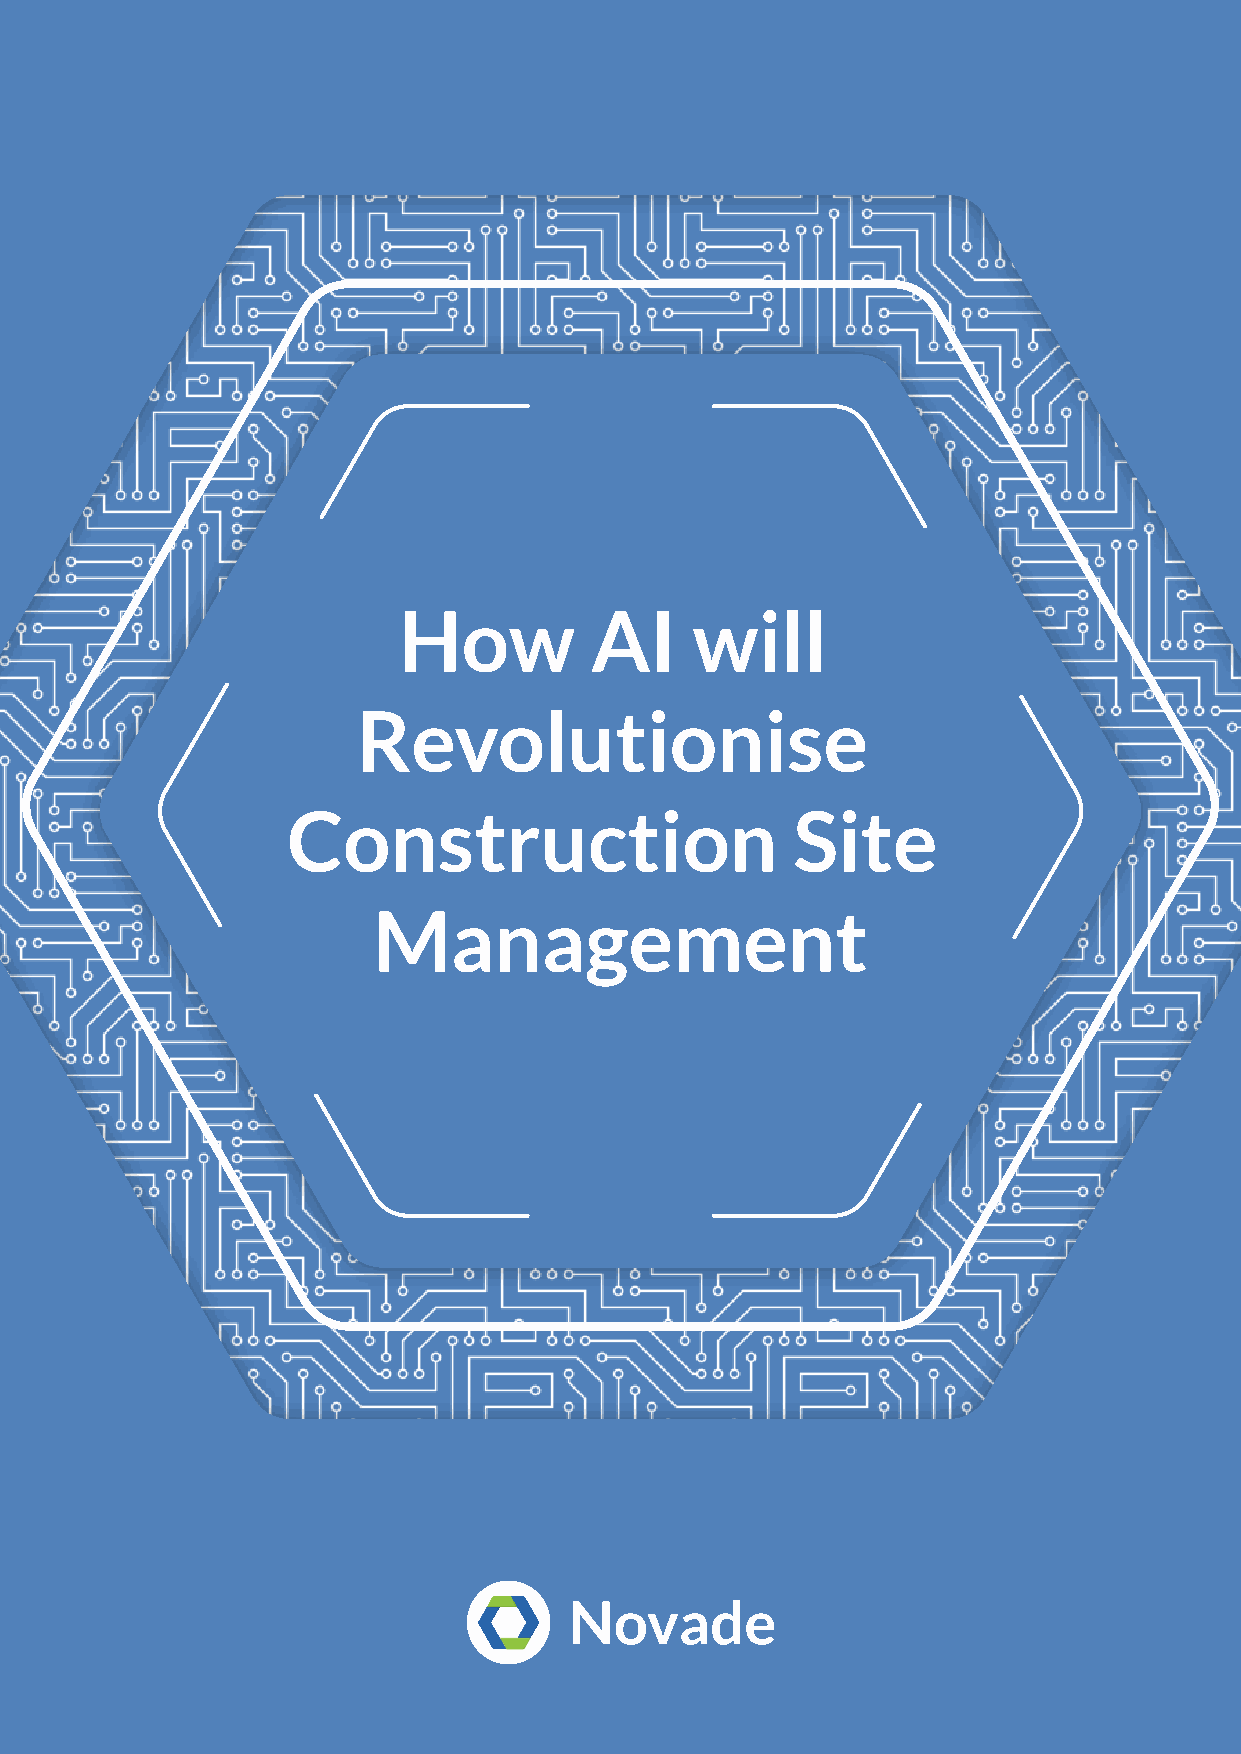
How          AI     will
 Revolutionise
 Construction                     Site
 Management